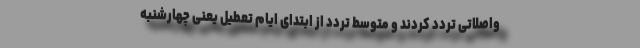
واصلاتی تردد کردند و متوسط تردد از ابتدای ایام تعطیل یعنی چهارشنبه